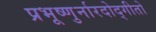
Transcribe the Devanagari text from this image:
प्रभूष्णुर्नारदोद्गीतो